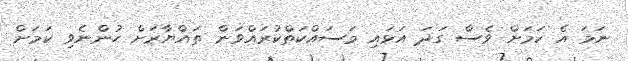
ނަމަ އެ ކަމަށް ވެސް ގަދަ އަޅައި މަސައްކަތްކުރައްވަން ތައްޔާރަށް ހުންނެވި ކަމަށް